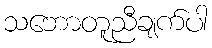
သဘောတူညီချက်ပါ